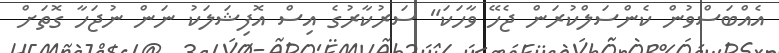
އެއްބަސްވުން ކެންސަލްކުރަން ޖެހޭ ވާހަކަ" ސަރުކާރުގެ އިސް އޮފިޝަލަކު ނަން ނުޖަހާ ގޮތަށް